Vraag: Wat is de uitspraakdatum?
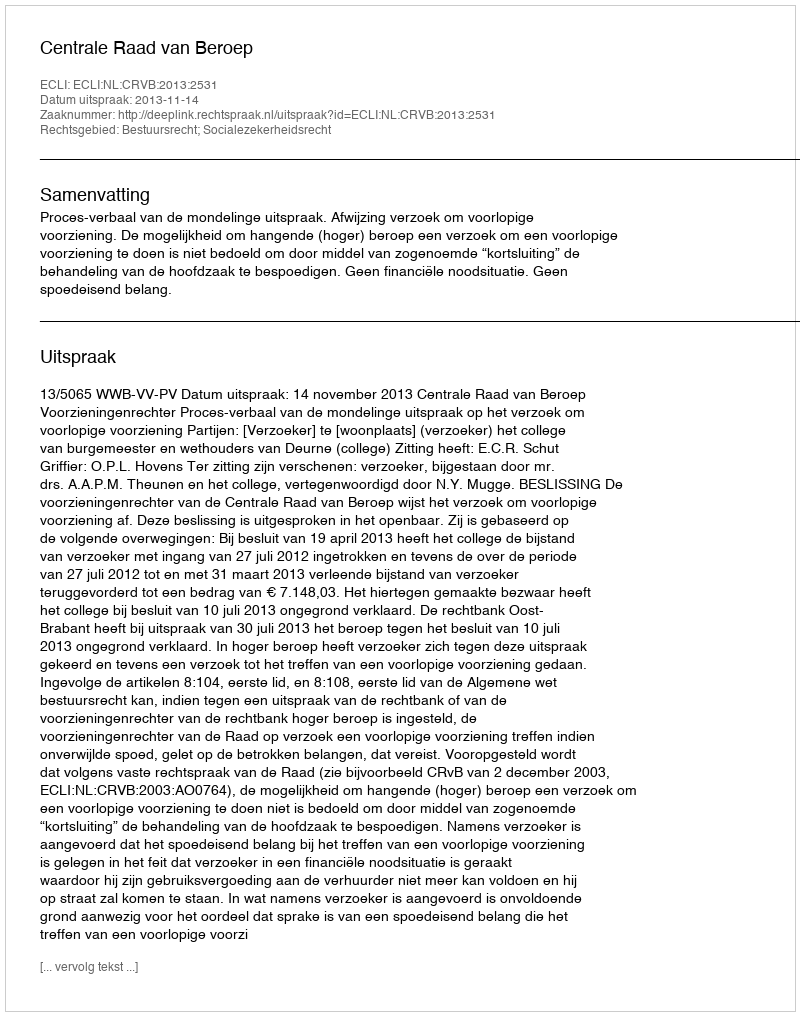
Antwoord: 2013-11-14